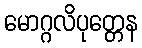
မောဂ္ဂလိပုတ္တေန